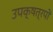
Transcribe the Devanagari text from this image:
उपक्षत्रपों